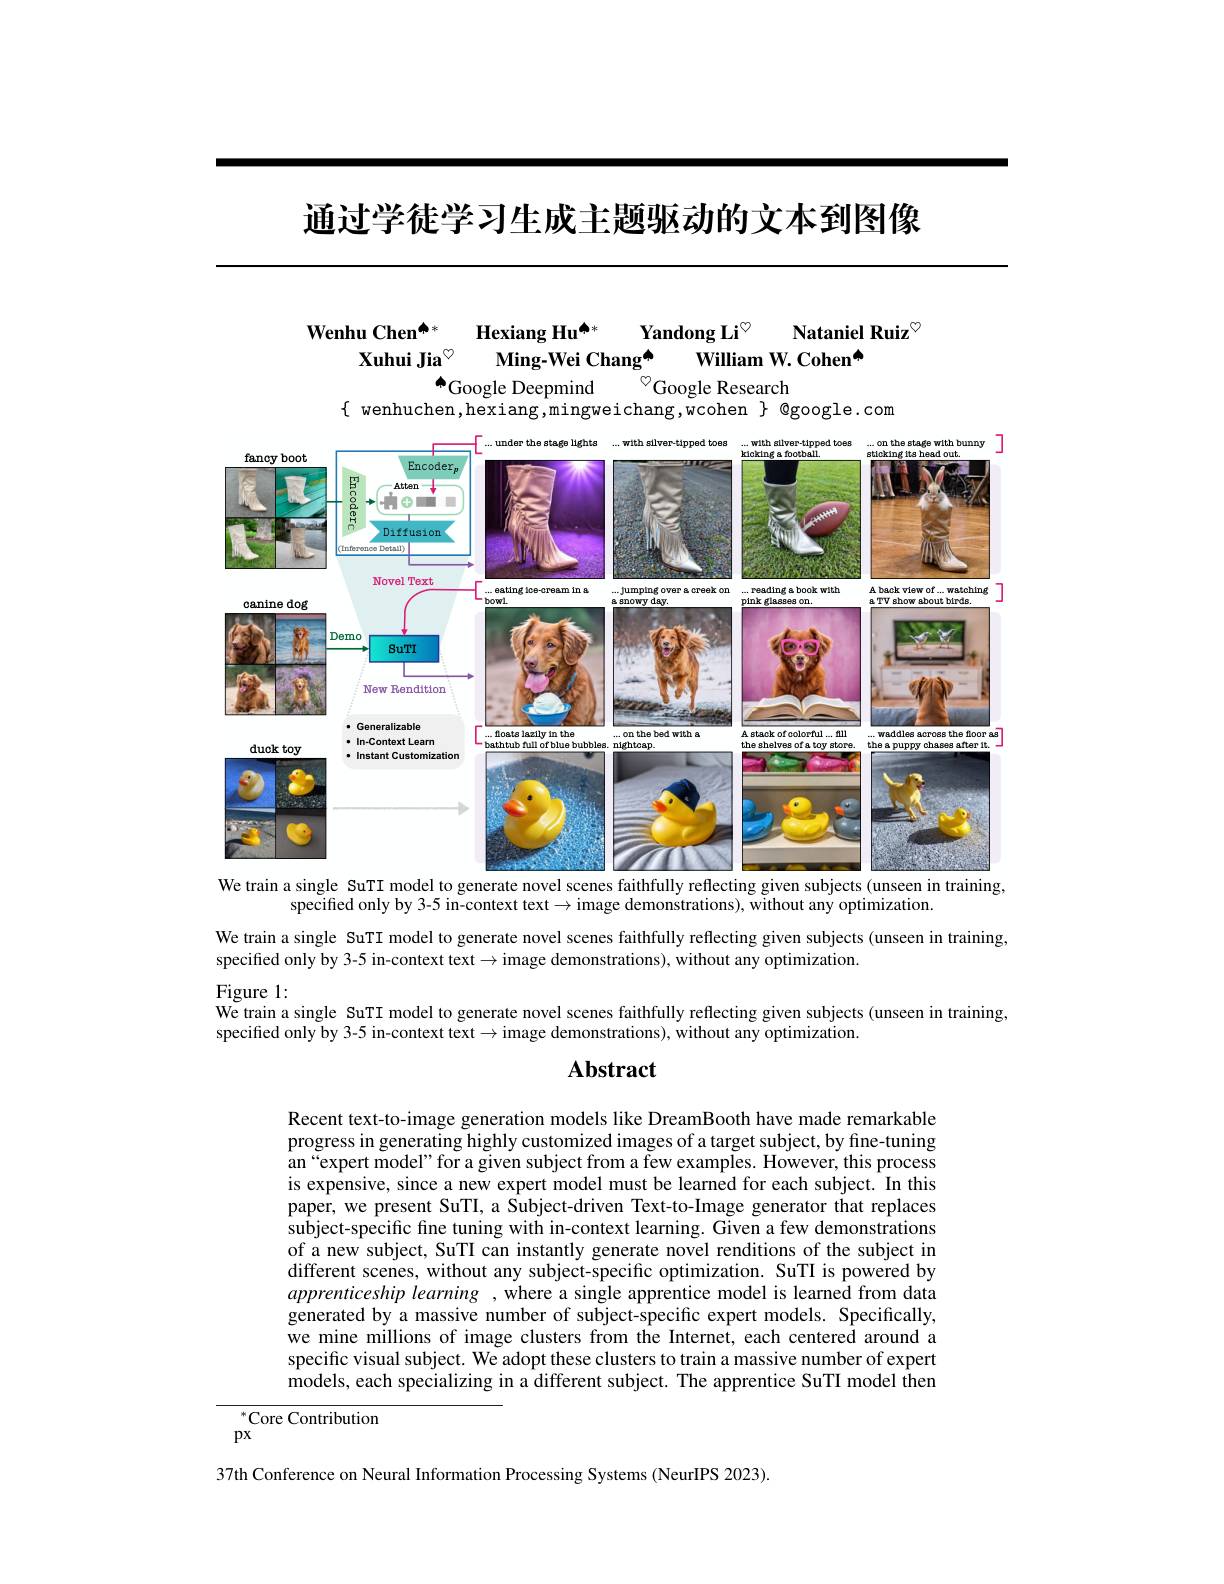
通过学徒学习生成主题驱动的文本到图像

## Wenhu Chen$^{\spadesuit*}$ Hexiang Hu$^{\spadesuit*}$ Yandong Li$^{\circ}$ Nataniel Ruiz$^{\textcircled{\mathrm{m}}}$ Xuhui Jia$^{\circ}$ Ming-Wei Chang$^{\mathrm{a}}$ William W. Cohen$^{\mathrm{a}}$ Google Deepmind ${}^{\textcircled{\circ}}$Google Research

$\{$ wenhuchen,hexiang,mingweichang,wcohen $\}$ @google.com

<FigureHere>
We train a single SuTI model to generate novel scenes faithfully reflecting given subjects (unseen in training,

specified only by 3-5 in-context text $\to$image demonstrations), without any optimization
We train a single SuTI model to generate novel scenes faithfully reflecting given subjects (unseen in training,
specified only by 3-5 in-context text$\to$image demonstrations), without any optimization.

Figure 1:
We train a single SuTI model to generate novel scenes faithfully reflecting given subjects (unseen in training,
specified only by 3-5 in-context text $\to$image demonstrations), without any optimization.

## Abstract

Recent text-to-image generation models like DreamBooth have made remarkable progress in generating highly customized images of a target subject, by fine-tuning an“expert model”for a given subject from a few examples. However, this process is expensive, since a new expert model must be learned for each subject. In this paper, we present SuTI, a Subject-driven Text-to-Image generator that replaces subject-specific fine tuning with in-context learning. Given a few demonstrations of a new subject, SuTI can instantly generate novel renditions of the subject in different scenes, without any subject-specific optimization. SuTI is powered by apprenticeship learning , where a single apprentice model is learned from data generated by a massive number of subject-specific expert models. Specifically, we mine millions of image clusters from the Internet, each centered around a specific visual subject. We adopt these clusters to train a massive number of expert models, each specializing in a different subject. The apprentice SuTI model then

${}^{*}$Core Contribution

$px$

37th Conference on Neural Information Processing Systems (NeurIPS 2023).